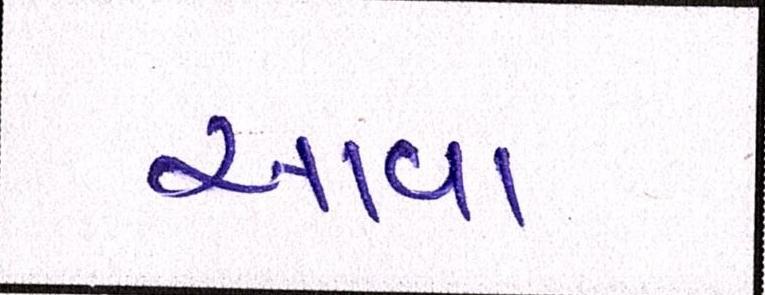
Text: આવા